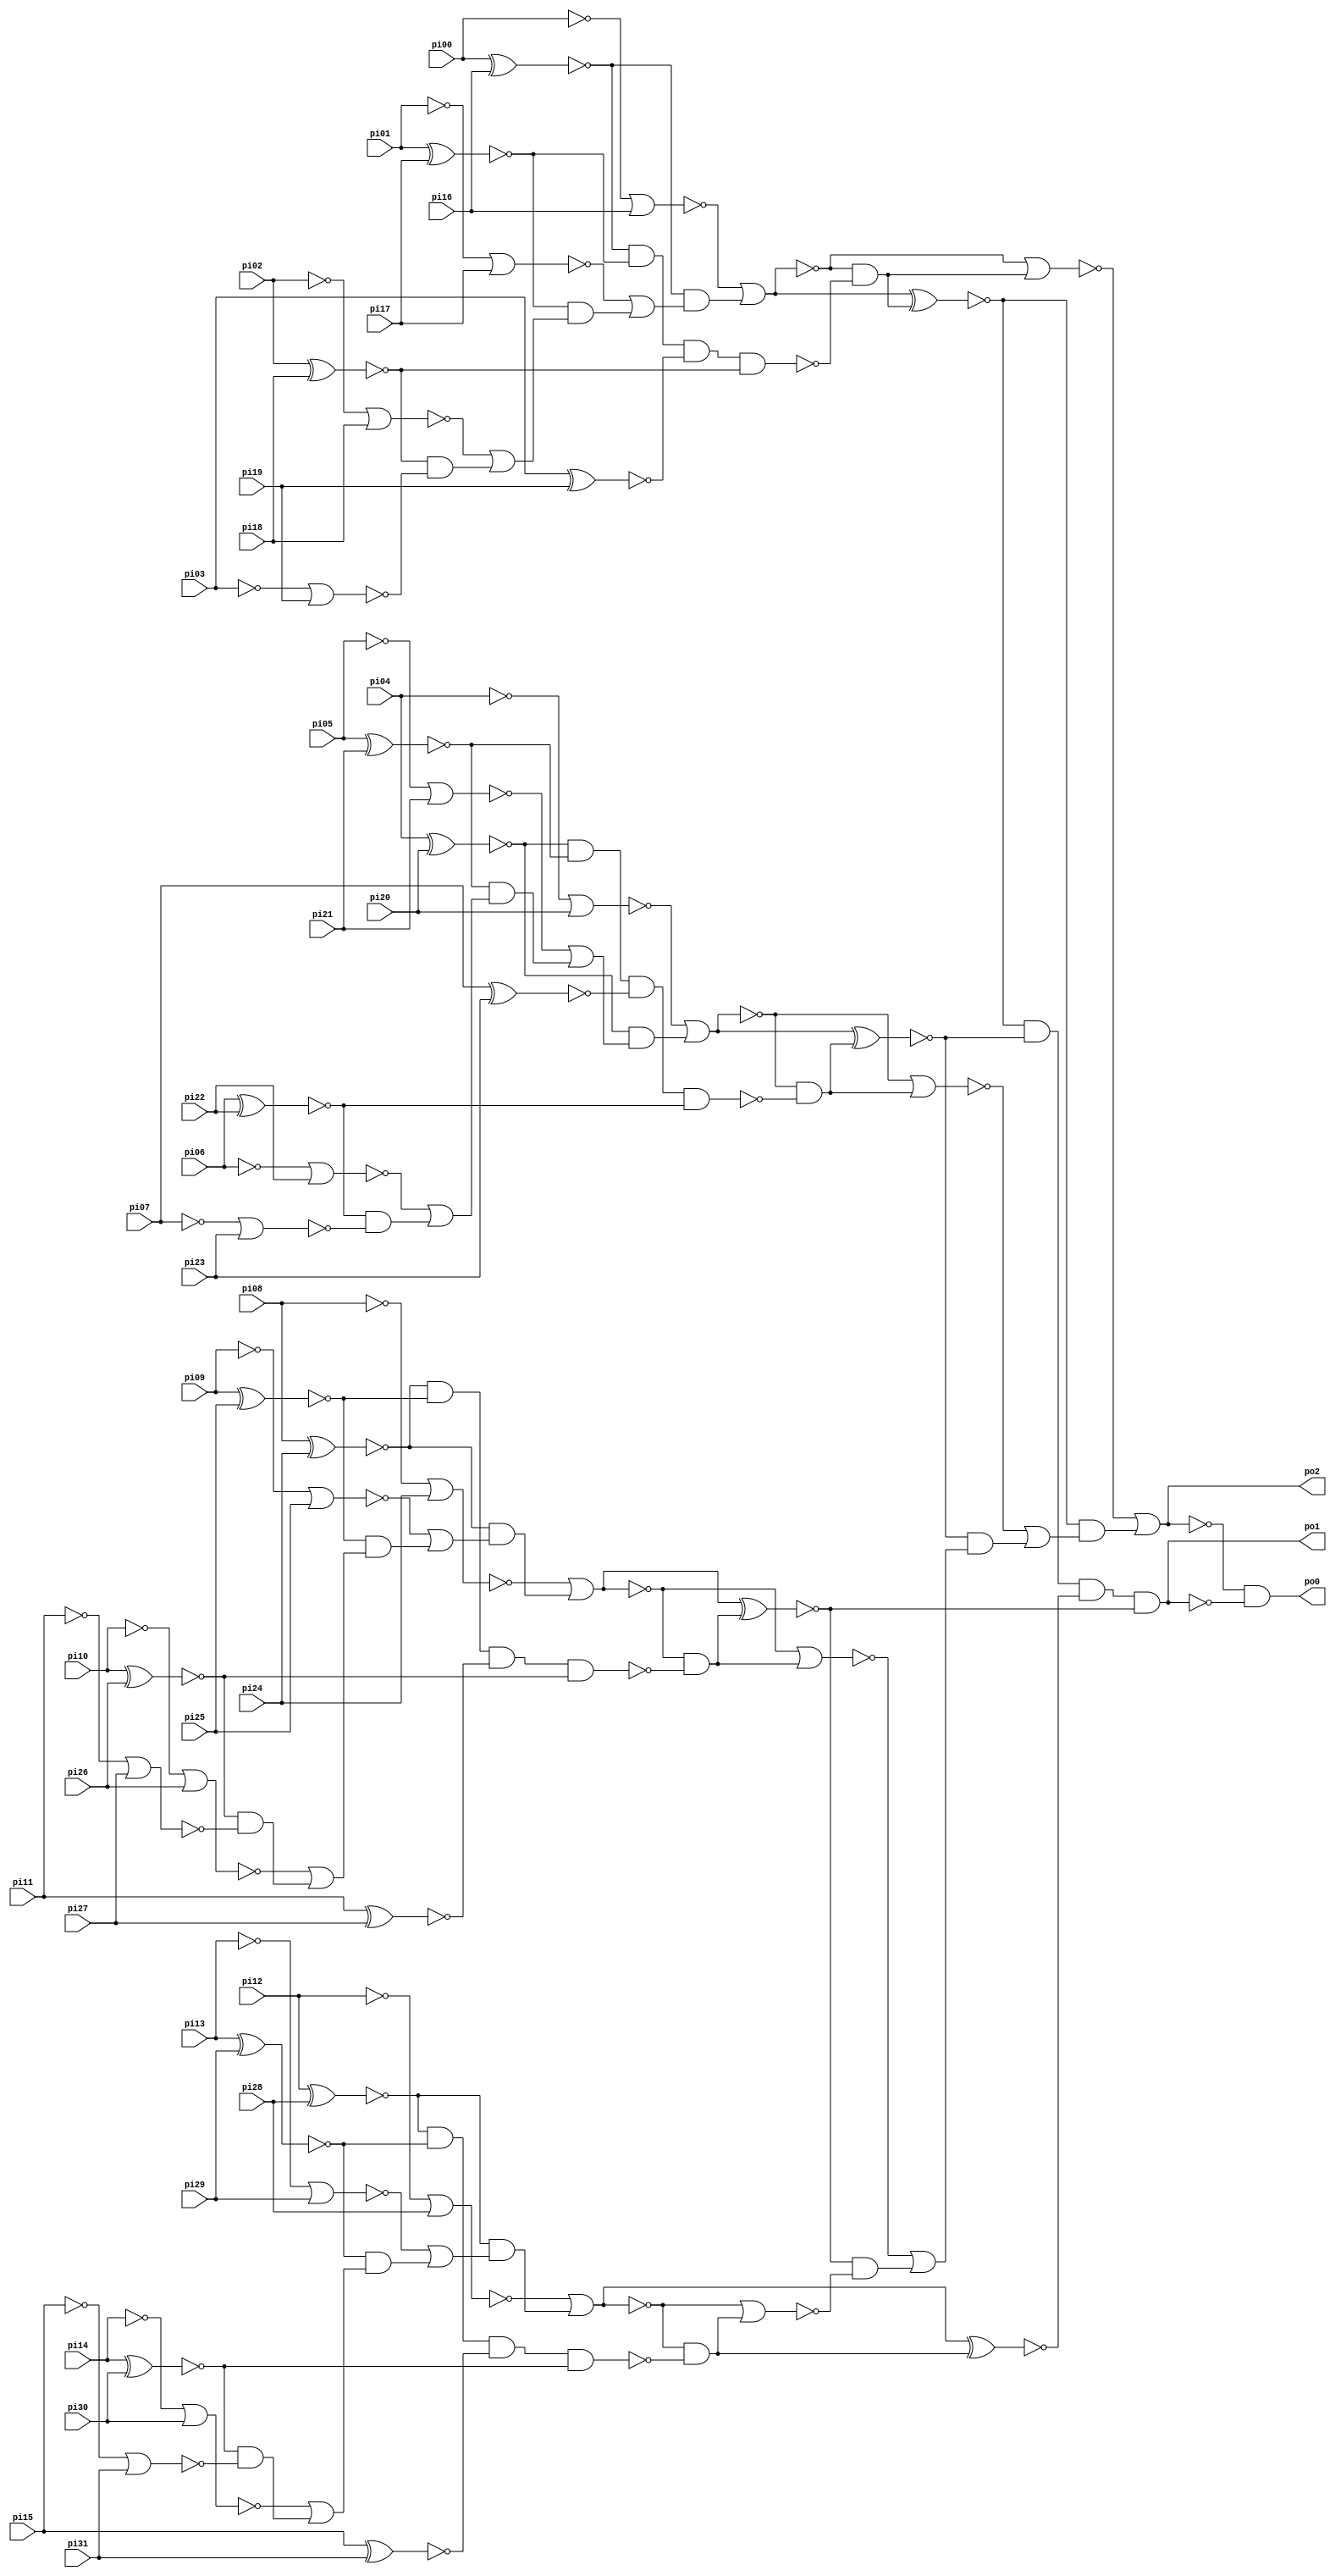
// Benchmark "comp" written by ABC on Thu Mar 19 13:02:36 2020

module comp ( 
    pi00, pi01, pi02, pi03, pi04, pi05, pi06, pi07, pi08, pi09, pi10, pi11,
    pi12, pi13, pi14, pi15, pi16, pi17, pi18, pi19, pi20, pi21, pi22, pi23,
    pi24, pi25, pi26, pi27, pi28, pi29, pi30, pi31,
    po0, po1, po2  );
  input  pi00, pi01, pi02, pi03, pi04, pi05, pi06, pi07, pi08, pi09,
    pi10, pi11, pi12, pi13, pi14, pi15, pi16, pi17, pi18, pi19, pi20, pi21,
    pi22, pi23, pi24, pi25, pi26, pi27, pi28, pi29, pi30, pi31;
  output po0, po1, po2;
  wire new_n39_, new_n40_, new_n41_, new_n42_, new_n43_, new_n44_, new_n45_,
    new_n46_, new_n47_, new_n48_, new_n49_, new_n50_, new_n51_, new_n52_,
    new_n53_, new_n54_, new_n55_, new_n56_, new_n57_, new_n58_, new_n59_,
    new_n60_, new_n61_, new_n62_, new_n63_, new_n64_, new_n65_, new_n66_,
    new_n67_, new_n68_, new_n69_, new_n70_, new_n71_, new_n72_, new_n73_,
    new_n74_, new_n75_, new_n76_, new_n77_, new_n78_, new_n79_, new_n80_,
    new_n81_, new_n82_, new_n83_, new_n84_, new_n85_, new_n86_, new_n87_,
    new_n88_, new_n89_, new_n90_;
  assign po0 = ~po2 & ~po1;
  assign po1 = ~new_n46_ & ~new_n45_ & ~new_n43_ & ~new_n44_;
  assign po2 = ~new_n50_ | (~new_n46_ & (~new_n49_ | (~new_n45_ & (~new_n48_ | (~new_n44_ & ~new_n47_)))));
  assign new_n39_ = ~new_n51_ & ~new_n55_;
  assign new_n40_ = ~new_n52_ & ~new_n64_;
  assign new_n41_ = ~new_n53_ & ~new_n73_;
  assign new_n42_ = ~new_n54_ & ~new_n82_;
  assign new_n43_ = new_n51_ ^ new_n39_;
  assign new_n44_ = new_n52_ ^ new_n40_;
  assign new_n45_ = new_n53_ ^ new_n41_;
  assign new_n46_ = new_n54_ ^ new_n42_;
  assign new_n47_ = ~new_n51_ | new_n39_;
  assign new_n48_ = ~new_n52_ | new_n40_;
  assign new_n49_ = ~new_n53_ | new_n41_;
  assign new_n50_ = ~new_n54_ | new_n42_;
  assign new_n51_ = ~new_n63_ | (~new_n59_ & (~new_n62_ | (~new_n58_ & (~new_n61_ | (~new_n57_ & ~new_n60_)))));
  assign new_n52_ = ~new_n72_ | (~new_n68_ & (~new_n71_ | (~new_n67_ & (~new_n70_ | (~new_n66_ & ~new_n69_)))));
  assign new_n53_ = ~new_n81_ | (~new_n77_ & (~new_n80_ | (~new_n76_ & (~new_n79_ | (~new_n75_ & ~new_n78_)))));
  assign new_n54_ = ~new_n90_ | (~new_n86_ & (~new_n89_ | (~new_n85_ & (~new_n88_ | (~new_n84_ & ~new_n87_)))));
  assign new_n55_ = ~new_n59_ & ~new_n58_ & ~new_n56_ & ~new_n57_;
  assign new_n56_ = pi15 ^ pi31;
  assign new_n57_ = pi14 ^ pi30;
  assign new_n58_ = pi13 ^ pi29;
  assign new_n59_ = pi12 ^ pi28;
  assign new_n60_ = ~pi15 | pi31;
  assign new_n61_ = ~pi14 | pi30;
  assign new_n62_ = ~pi13 | pi29;
  assign new_n63_ = ~pi12 | pi28;
  assign new_n64_ = ~new_n68_ & ~new_n67_ & ~new_n65_ & ~new_n66_;
  assign new_n65_ = pi11 ^ pi27;
  assign new_n66_ = pi10 ^ pi26;
  assign new_n67_ = pi09 ^ pi25;
  assign new_n68_ = pi08 ^ pi24;
  assign new_n69_ = ~pi11 | pi27;
  assign new_n70_ = ~pi10 | pi26;
  assign new_n71_ = ~pi09 | pi25;
  assign new_n72_ = ~pi08 | pi24;
  assign new_n73_ = ~new_n77_ & ~new_n76_ & ~new_n74_ & ~new_n75_;
  assign new_n74_ = pi07 ^ pi23;
  assign new_n75_ = pi06 ^ pi22;
  assign new_n76_ = pi05 ^ pi21;
  assign new_n77_ = pi04 ^ pi20;
  assign new_n78_ = ~pi07 | pi23;
  assign new_n79_ = ~pi06 | pi22;
  assign new_n80_ = ~pi05 | pi21;
  assign new_n81_ = ~pi04 | pi20;
  assign new_n82_ = ~new_n86_ & ~new_n85_ & ~new_n83_ & ~new_n84_;
  assign new_n83_ = pi03 ^ pi19;
  assign new_n84_ = pi02 ^ pi18;
  assign new_n85_ = pi01 ^ pi17;
  assign new_n86_ = pi00 ^ pi16;
  assign new_n87_ = ~pi03 | pi19;
  assign new_n88_ = ~pi02 | pi18;
  assign new_n89_ = ~pi01 | pi17;
  assign new_n90_ = ~pi00 | pi16;
endmodule